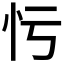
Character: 𢗃